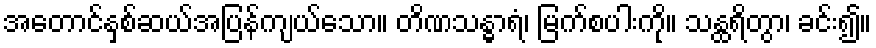
အတောင်နှစ်ဆယ်အပြန်ကျယ်သော။ တိဏသန္ဓာရံ၊ မြက်စပါးကို။ သန္ထရိတွာ၊ ခင်း၍။